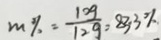
m \% = \frac { 1 0 g } { 1 2 g } = 8 3 . 3 \%